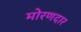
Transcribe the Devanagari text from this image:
मोरणदार